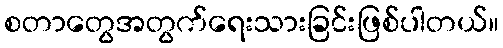
စတာတွေအတွက်ရေးသားခြင်းဖြစ်ပါတယ်။